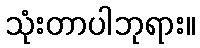
သုံးတာပါဘုရား။